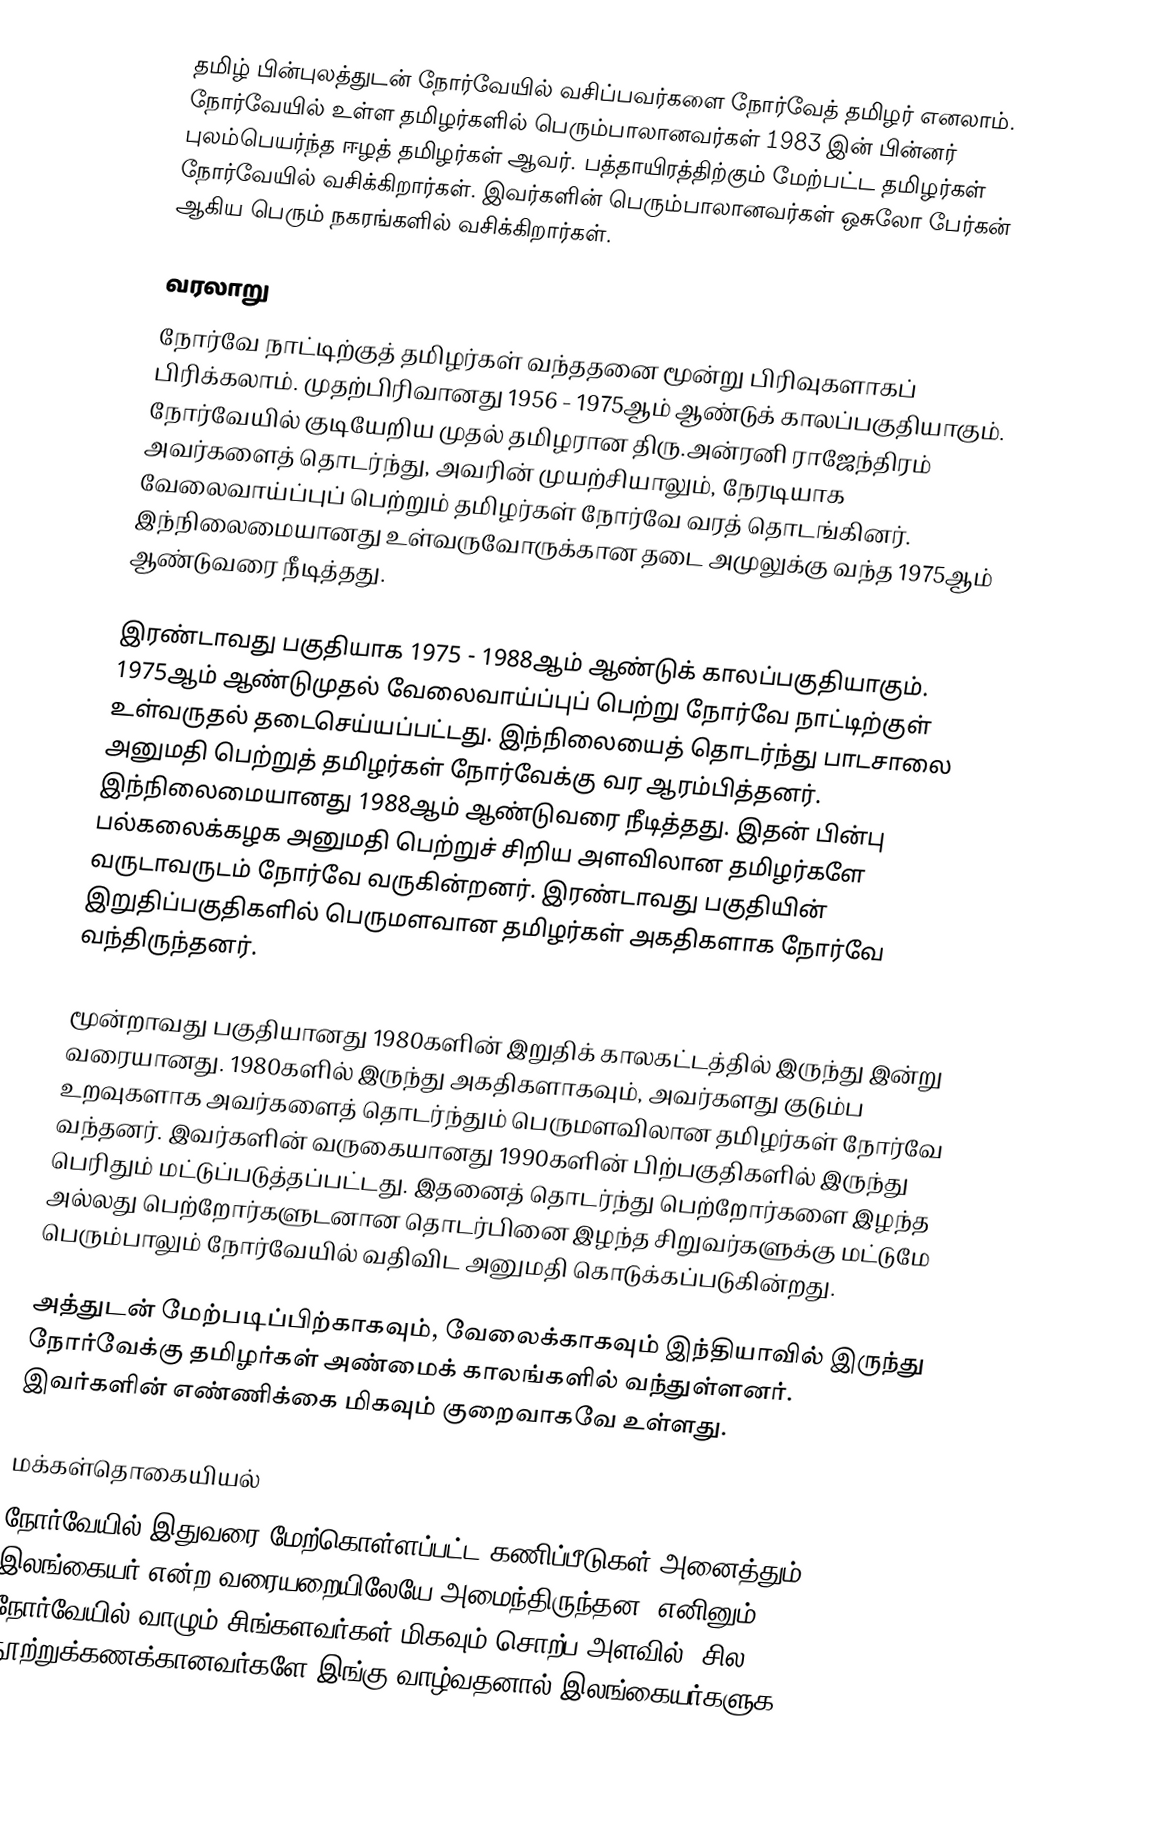
தமிழ் பின்புலத்துடன் நோர்வேயில் வசிப்பவர்களை நோர்வேத் தமிழர் எனலாம்.  நோர்வேயில் உள்ள தமிழர்களில் பெரும்பாலானவர்கள் 1983 இன் பின்னர் புலம்பெயர்ந்த ஈழத் தமிழர்கள் ஆவர். பத்தாயிரத்திற்கும் மேற்பட்ட தமிழர்கள் நோர்வேயில் வசிக்கிறார்கள்.  இவர்களின் பெரும்பாலானவர்கள் ஒசுலோ பேர்கன் ஆகிய பெரும் நகரங்களில் வசிக்கிறார்கள்.

வரலாறு
நோர்வே நாட்டிற்குத் தமிழர்கள் வந்ததனை மூன்று பிரிவுகளாகப் பிரிக்கலாம். முதற்பிரிவானது 1956 - 1975ஆம் ஆண்டுக் காலப்பகுதியாகும். நோர்வேயில் குடியேறிய முதல் தமிழரான திரு.அன்ரனி ராஜேந்திரம் அவர்களைத் தொடர்ந்து, அவரின் முயற்சியாலும், நேரடியாக வேலைவாய்ப்புப் பெற்றும் தமிழர்கள் நோர்வே வரத் தொடங்கினர். இந்நிலைமையானது உள்வருவோருக்கான தடை அமுலுக்கு வந்த 1975ஆம் ஆண்டுவரை நீடித்தது.

இரண்டாவது பகுதியாக 1975 - 1988ஆம் ஆண்டுக் காலப்பகுதியாகும். 1975ஆம் ஆண்டுமுதல் வேலைவாய்ப்புப் பெற்று நோர்வே நாட்டிற்குள் உள்வருதல் தடைசெய்யப்பட்டது. இந்நிலையைத் தொடர்ந்து பாடசாலை அனுமதி பெற்றுத் தமிழர்கள் நோர்வேக்கு வர ஆரம்பித்தனர். இந்நிலைமையானது  1988ஆம் ஆண்டுவரை நீடித்தது. இதன் பின்பு பல்கலைக்கழக அனுமதி பெற்றுச் சிறிய அளவிலான தமிழர்களே வருடாவருடம் நோர்வே வருகின்றனர். இரண்டாவது பகுதியின் இறுதிப்பகுதிகளில் பெருமளவான தமிழர்கள் அகதிகளாக நோர்வே வந்திருந்தனர்.

மூன்றாவது பகுதியானது 1980களின் இறுதிக் காலகட்டத்தில் இருந்து இன்று வரையானது. 1980களில் இருந்து அகதிகளாகவும், அவர்களது குடும்ப உறவுகளாக அவர்களைத் தொடர்ந்தும் பெருமளவிலான தமிழர்கள் நோர்வே வந்தனர். இவர்களின் வருகையானது 1990களின் பிற்பகுதிகளில் இருந்து பெரிதும் மட்டுப்படுத்தப்பட்டது. இதனைத் தொடர்ந்து பெற்றோர்களை இழந்த அல்லது பெற்றோர்களுடனான தொடர்பினை இழந்த சிறுவர்களுக்கு மட்டுமே பெரும்பாலும் நோர்வேயில் வதிவிட அனுமதி கொடுக்கப்படுகின்றது.

அத்துடன் மேற்படிப்பிற்காகவும், வேலைக்காகவும் இந்தியாவில் இருந்து நோர்வேக்கு தமிழர்கள் அண்மைக் காலங்களில் வந்துள்ளனர். இவர்களின் எண்ணிக்கை மிகவும் குறைவாகவே உள்ளது.

மக்கள்தொகையியல்
நோர்வேயில் இதுவரை மேற்கொள்ளப்பட்ட கணிப்பீடுகள் அனைத்தும் இலங்கையர் என்ற வரையறையிலேயே  அமைந்திருந்தன. எனினும் நோர்வேயில் வாழும் சிங்களவர்கள் மிகவும் சொற்ப அளவில், சில நூற்றுக்கணக்கானவர்களே இங்கு வாழ்வதனால் இலங்கையர்களுக